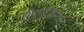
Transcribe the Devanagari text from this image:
स्फूर्तिमान